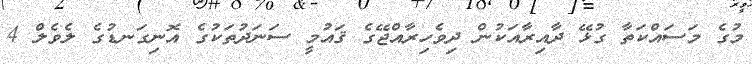
މުގެ މަސައްކަތާ ގުޅޭ ދާއިރާއަކުން ދިވެހިރާއްޖޭގެ ޤައުމީ ސަނަދުތަކުގެ އޮނިގަނޑުގެ ލެވެލް 4